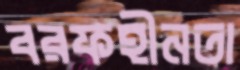
বরফহীনতা